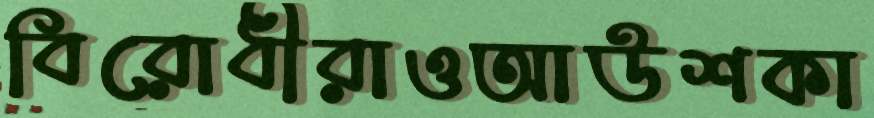
বিরোধীরাওআউশকা